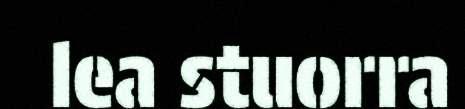
lea stuorra